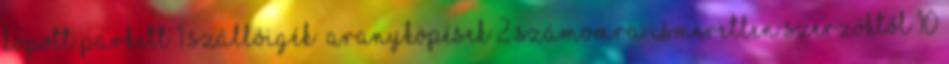
Kopott parkett 1 Szállóigék Aranyköpések 2 Számomra ismeretlen szerzőktől 10